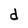
Character: d